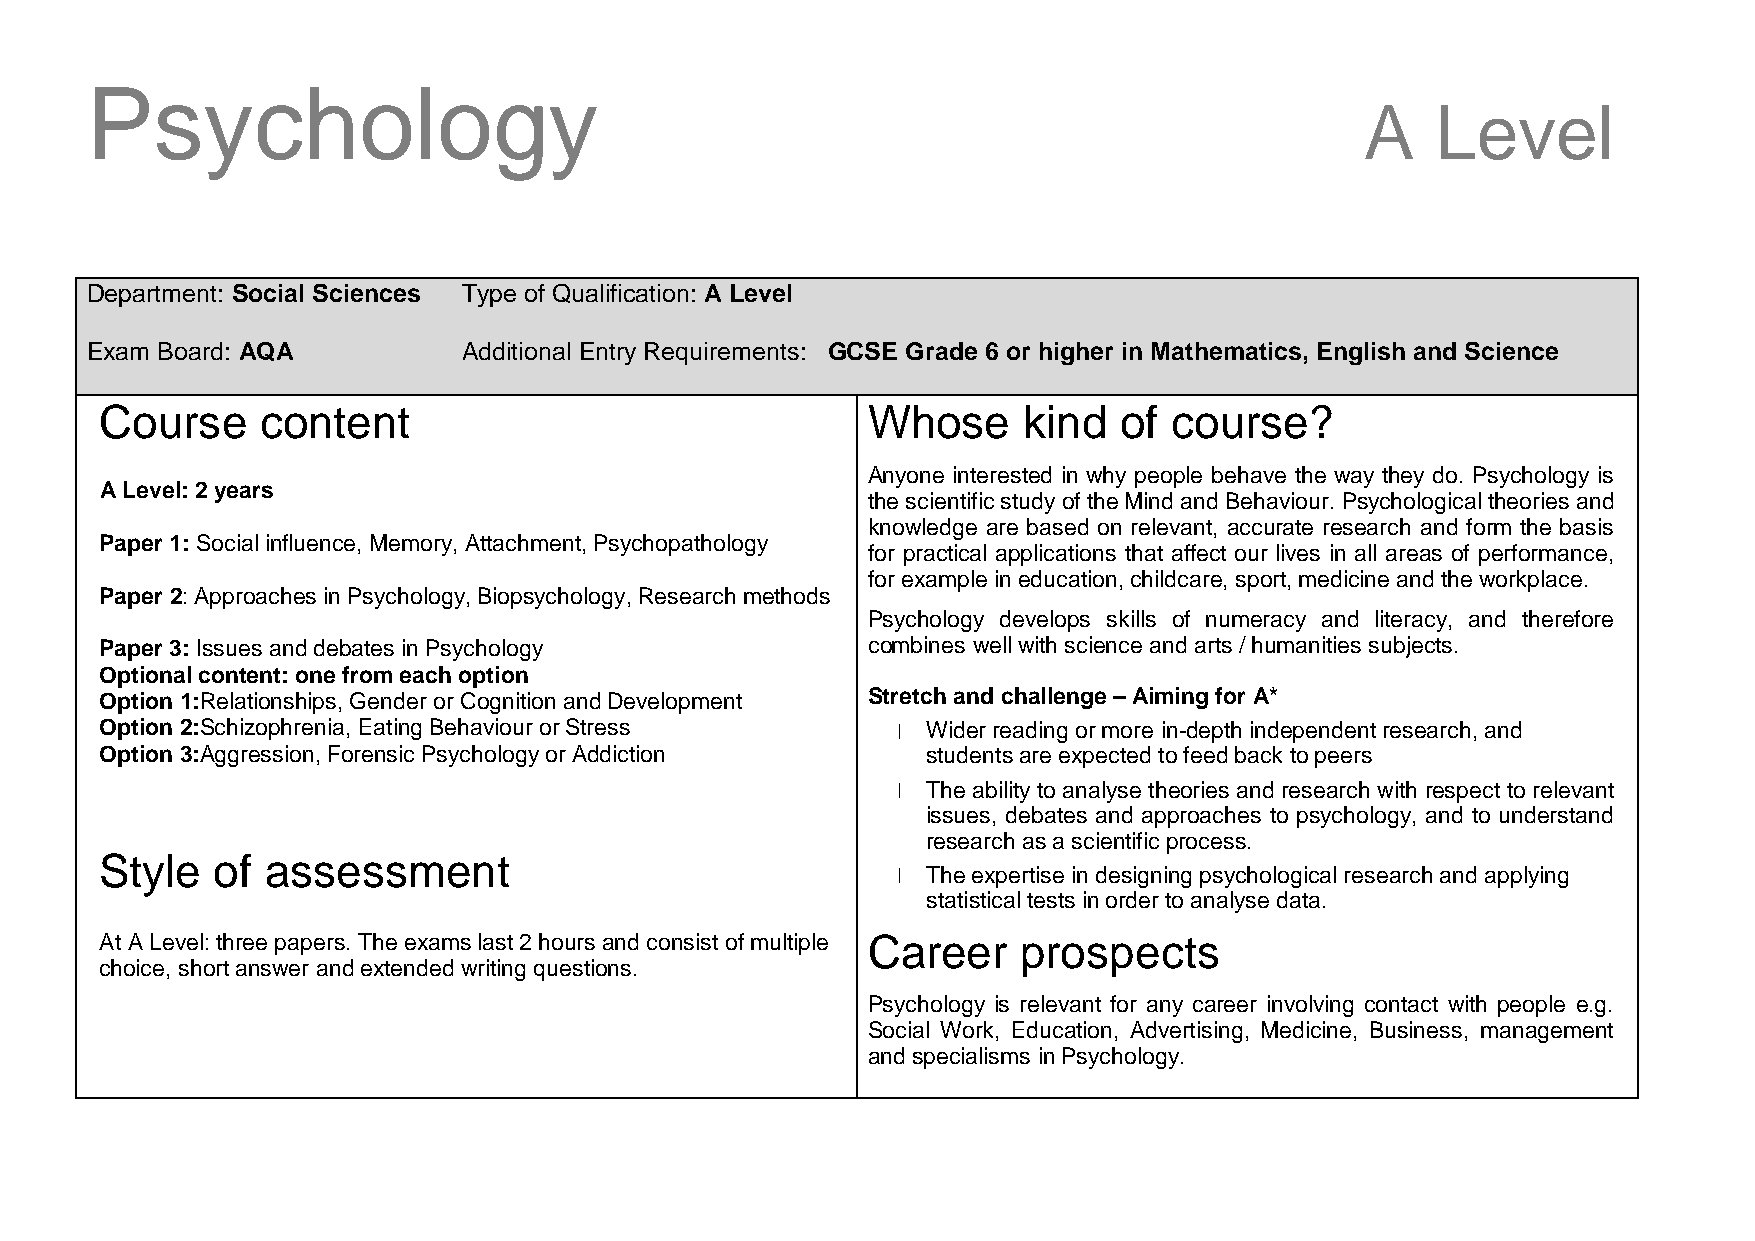
Psychology
 A    Level
 Department: Social Sciences Type of Qualification: A Level
 Exam Board: AQA          Additional Entry Requirements: GCSE Grade 6 or higher in Mathematics, English and Science
 Course    content                                 Whose      kind  of course?
 Anyone interested in why people behave the way they do. Psychology is
 A Level: 2 years
 the scientific study of the Mind and Behaviour. Psychological theories and
 knowledge are based on relevant, accurate research and form the basis
 Paper 1: Social influence, Memory, Attachment, Psychopathology
 for practical applications that affect our lives in all areas of performance,
 for example in education, childcare, sport, medicine and the workplace.
 Paper 2: Approaches in Psychology, Biopsychology, Research methods
 Psychology develops skills of numeracy and literacy, and therefore
 Paper 3: Issues and debates in Psychology         combines well with science and arts / humanities subjects.
 Optional content: one from each option
 Option 1:Relationships, Gender or Cognition and Development Stretch and challenge – Aiming for A*
 Option 2:Schizophrenia, Eating Behaviour or Stress    Wider reading or more in-depth independent research, and
 Option 3:Aggression, Forensic Psychology or Addiction students are expected to feed back to peers
 The ability to analyse theories and research with respect to relevant
 issues, debates and approaches to psychology, and to understand
 research as a scientific process.
 Style  of  assessment
 The expertise in designing psychological research and applying
 statistical tests in order to analyse data.
 At A Level: three papers. The exams last 2 hours and consist of multiple Career prospects
 choice, short answer and extended writing questions.
 Psychology is relevant for any career involving contact with people e.g.
 Social Work, Education, Advertising, Medicine, Business, management
 and specialisms in Psychology.